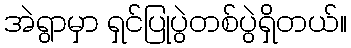
အဲရွာမှာ ရှင်ပြုပွဲတစ်ပွဲရှိတယ်။